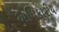
અધિકારીય